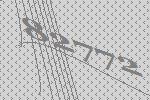
82772